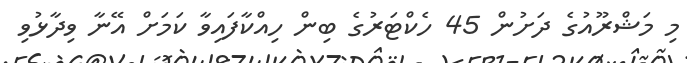
މި މަޝްރޫއުގެ ދަށުން 45 ހެކްޓަރުގެ ބިން ހިއްކާފައިވާ ކަމަށް އޭނާ ވިދާޅުވި